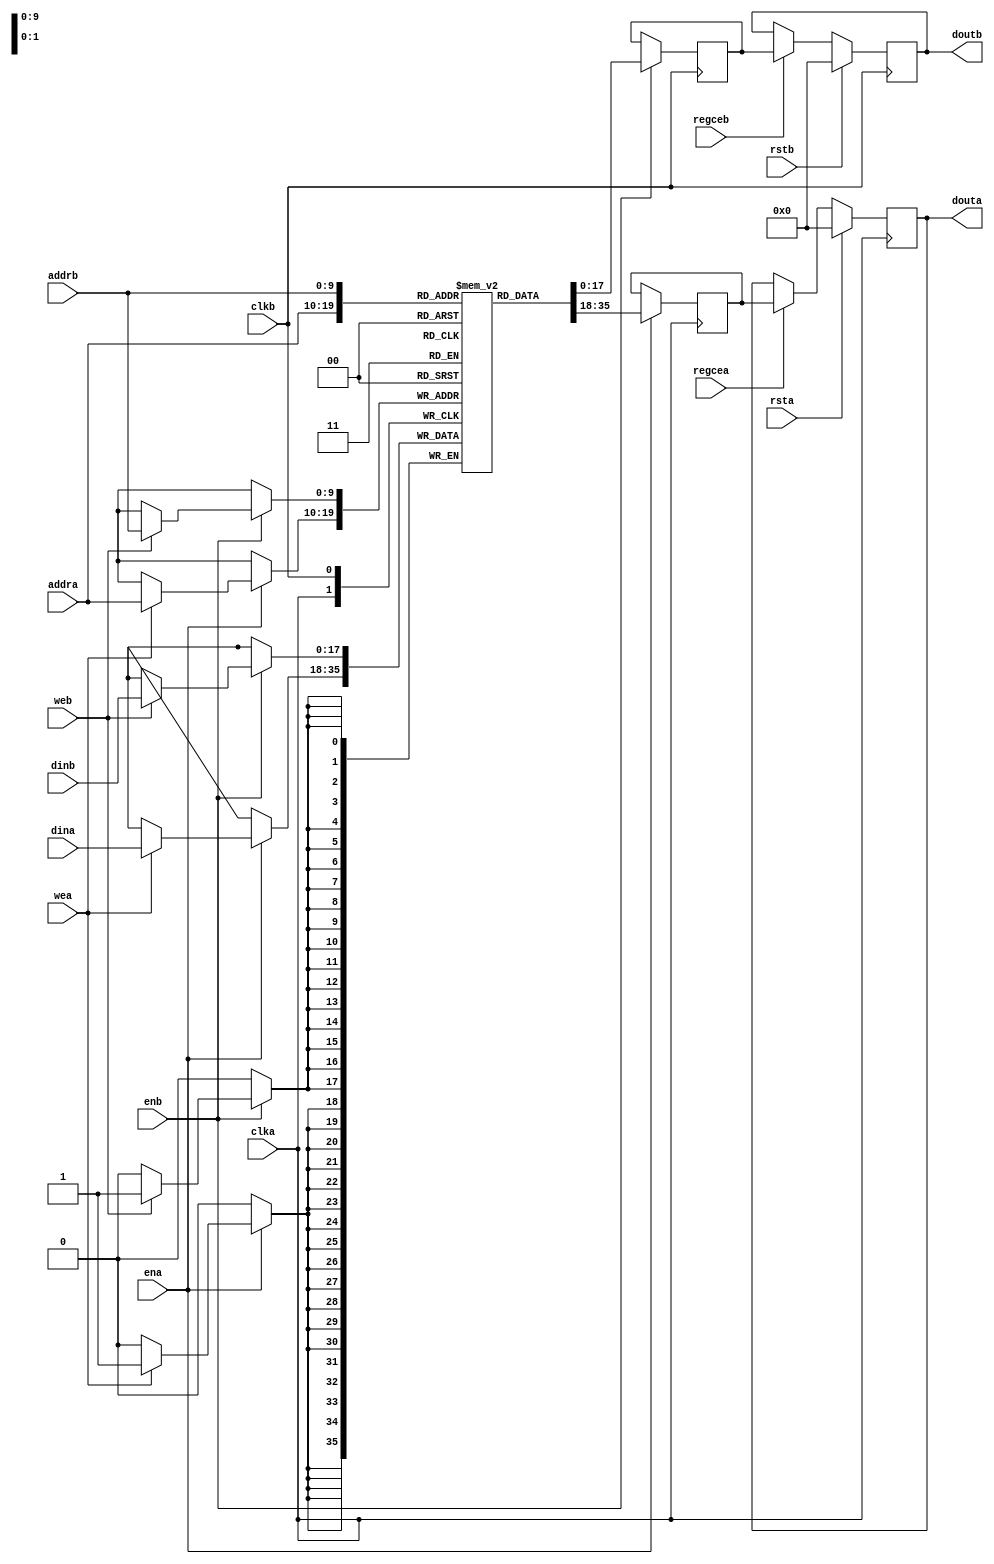

//  Xilinx True Dual Port RAM, Read First, Dual Clock
//  This code implements a parameterizable true dual port memory (both ports can read and write).
//  The behavior of this RAM is when data is written, the prior memory contents at the write
//  address are presented on the output port.  If the output data is
//  not needed during writes or the last read value is desired to be retained,
//  it is suggested to use a no change RAM as it is more power efficient.
//  If a reset or enable is not necessary, it may be tied off or removed from the code.

module async_true_dual_ram_first_read #(
  parameter RAM_WIDTH = 18,                       // Specify RAM data width
  parameter RAM_DEPTH = 1024,                     // Specify RAM depth (number of entries)
  parameter RAM_PERFORMANCE = "HIGH_PERFORMANCE", // Select "HIGH_PERFORMANCE" or "LOW_LATENCY" 
  parameter INIT_FILE = ""                        // Specify name/location of RAM initialization file if using one (leave blank if not)
) (
  input [clogb2(RAM_DEPTH-1)-1:0] addra,  // Port A address bus, width determined from RAM_DEPTH
  input [clogb2(RAM_DEPTH-1)-1:0] addrb,  // Port B address bus, width determined from RAM_DEPTH
  input [RAM_WIDTH-1:0] dina,           // Port A RAM input data
  input [RAM_WIDTH-1:0] dinb,           // Port B RAM input data
  input clka,                           // Port A clock
  input clkb,                           // Port B clock
  input wea,                            // Port A write enable
  input web,                            // Port B write enable
  input ena,                            // Port A RAM Enable, for additional power savings, disable port when not in use
  input enb,                            // Port B RAM Enable, for additional power savings, disable port when not in use
  input rsta,                           // Port A output reset (does not affect memory contents)
  input rstb,                           // Port B output reset (does not affect memory contents)
  input regcea,                         // Port A output register enable
  input regceb,                         // Port B output register enable
  output [RAM_WIDTH-1:0] douta,         // Port A RAM output data
  output [RAM_WIDTH-1:0] doutb          // Port B RAM output data
);

  reg [RAM_WIDTH-1:0] BRAM [RAM_DEPTH-1:0];
  reg [RAM_WIDTH-1:0] ram_data_a = {RAM_WIDTH{1'b0}};
  reg [RAM_WIDTH-1:0] ram_data_b = {RAM_WIDTH{1'b0}};

  // The following code either initializes the memory values to a specified file or to all zeros to match hardware
  generate
    if (INIT_FILE != "") begin: use_init_file
      initial
        $readmemh(INIT_FILE, BRAM, 0, RAM_DEPTH-1);
    end else begin: init_bram_to_zero
      integer ram_index;
      initial
        for (ram_index = 0; ram_index < RAM_DEPTH; ram_index = ram_index + 1)
          BRAM[ram_index] = {RAM_WIDTH{1'b0}};
    end
  endgenerate

  always @(posedge clka)
    if (ena) begin
      if (wea)
        BRAM[addra] <= dina;
      ram_data_a <= BRAM[addra];
    end

  always @(posedge clkb)
    if (enb) begin
      if (web)
        BRAM[addrb] <= dinb;
      ram_data_b <= BRAM[addrb];
    end

  //  The following code generates HIGH_PERFORMANCE (use output register) or LOW_LATENCY (no output register)
  generate
    if (RAM_PERFORMANCE == "LOW_LATENCY") begin: no_output_register

      // The following is a 1 clock cycle read latency at the cost of a longer clock-to-out timing
       assign douta = ram_data_a;
       assign doutb = ram_data_b;

    end else begin: output_register

      // The following is a 2 clock cycle read latency with improve clock-to-out timing

      reg [RAM_WIDTH-1:0] douta_reg = {RAM_WIDTH{1'b0}};
      reg [RAM_WIDTH-1:0] doutb_reg = {RAM_WIDTH{1'b0}};

      always @(posedge clka)
        if (rsta)
          douta_reg <= {RAM_WIDTH{1'b0}};
        else if (regcea)
          douta_reg <= ram_data_a;

      always @(posedge clkb)
        if (rstb)
          doutb_reg <= {RAM_WIDTH{1'b0}};
        else if (regceb)
          doutb_reg <= ram_data_b;

      assign douta = douta_reg;
      assign doutb = doutb_reg;

    end
  endgenerate

  //  The following function calculates the address width based on specified RAM depth
  function integer clogb2;
    input integer depth;
      for (clogb2=0; depth>0; clogb2=clogb2+1)
        depth = depth >> 1;
  endfunction

endmodule